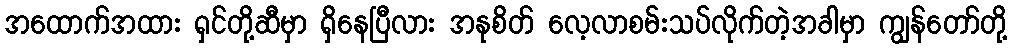
အထောက်အထား ရှင်တို့ဆီမှာ ရှိနေပြီလား အနုစိတ် လေ့လာစမ်းသပ်လိုက်တဲ့အခါမှာ ကျွန်တော်တို့